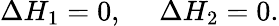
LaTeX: \Delta H_{1}=0,~~~~~\Delta H_{2}=0.